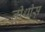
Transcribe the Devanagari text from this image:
तीथीस